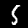
Digit: 5